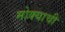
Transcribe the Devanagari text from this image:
मोक्याची